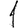
Digit: 1